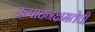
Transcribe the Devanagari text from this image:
उत्पादनक्षमतेची